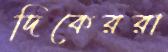
দিকেররা